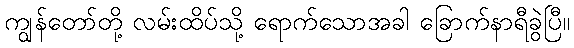
ကျွန်တော်တို့ လမ်းထိပ်သို့ ရောက်သောအခါ ခြောက်နာရီခွဲပြီ။